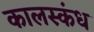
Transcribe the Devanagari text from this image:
कालस्कंध